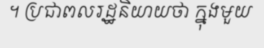
។ ប្រជាពលរដ្ឋនិយាយថា ក្នុងមួយ